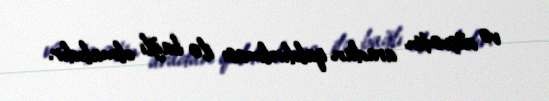
və rüşvətin aradan qaldırılması ilə bağlı olmalıdır.